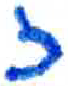
אות: ז